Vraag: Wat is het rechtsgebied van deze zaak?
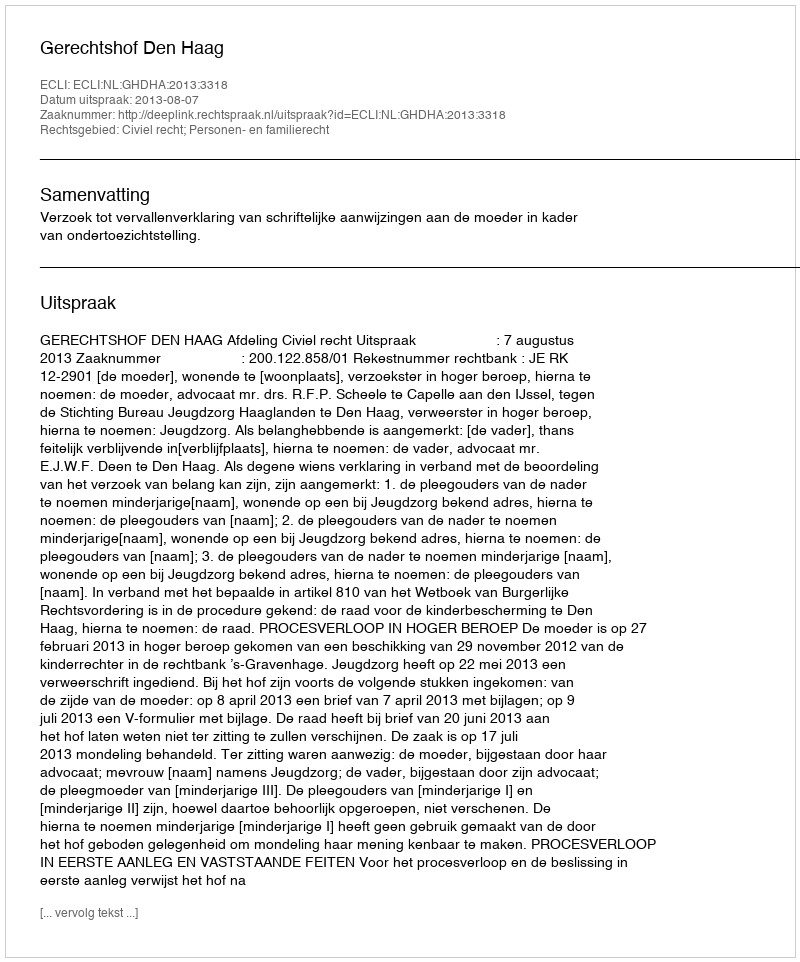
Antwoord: Civiel recht; Personen- en familierecht